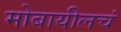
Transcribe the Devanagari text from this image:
मोबायीलचं